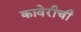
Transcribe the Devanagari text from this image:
कावेरीची